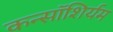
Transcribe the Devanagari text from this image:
कन्सॉशिर्यम